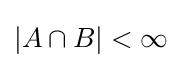
\left|A\cap B\right|<\infty